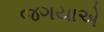
જગયાએ